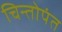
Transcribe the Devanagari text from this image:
चिन्तोपंत